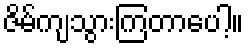
ဇိမ်ကျသွားကြတာပေါ့။